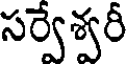
సర్వేశ్వరీ